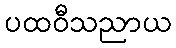
ပထဝီသညာယ